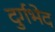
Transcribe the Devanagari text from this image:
दुर्गभेद